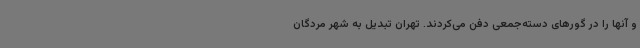
و آنها را در گورهای دسته‌جمعی دفن می‌کردند. تهران تبدیل به شهر مردگان